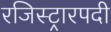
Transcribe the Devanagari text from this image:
रजिस्ट्रारपदी